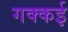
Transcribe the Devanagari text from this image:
गक्‍कई